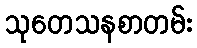
သုတေသနစာတမ်း